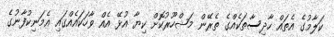
ކަލާމުގެ އެތައް ހާދިސާތަކެއްގެ ތެރޭން މަޝްހޫރުކޮށް ކިޔާ އުޅޭ އެއް ވާހަކައެއްގައި އެމަނިކުފާނުގެ